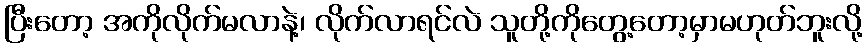
ပြီးတော့ အကိုလိုက်မလာနဲ့၊ လိုက်လာရင်လဲ သူတို့ကိုတွေ့တော့မှာမဟုတ်ဘူးလို့